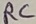
Text: RC